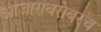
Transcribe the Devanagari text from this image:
आजाराबरोबरच